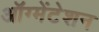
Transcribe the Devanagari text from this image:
ऑग्मेंटेशन